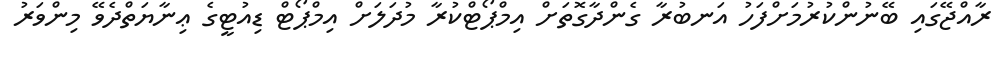
ރާއްޖޭގައި ބޭނުންކުރުމަށްފަހު އަނބުރާ ގެންދާގޮތަށް އިމްޕޯޓްކުރާ މުދަލަށް އިމްޕޯޓް ޑިއުޓީގެ ޢިނާޔަތްދެވޭ މިންވަރު